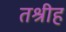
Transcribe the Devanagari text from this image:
तश्रीह